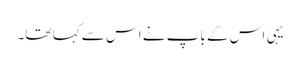
یہی اس کے باپ نے اس سے کہا تھا۔